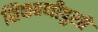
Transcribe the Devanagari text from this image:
शिकवणीपुरते